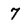
Character: 7